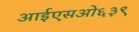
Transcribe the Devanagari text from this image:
आईएसओ६३९